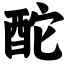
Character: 酡